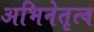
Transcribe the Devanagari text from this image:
अभिनेतृत्व